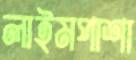
লাইমপাশা